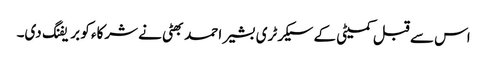
اس سے قبل کمیٹی کے سیکرٹری بشیر احمد بھٹی نے شرکاء کو بریفنگ دی۔